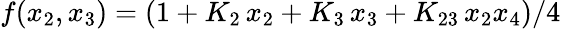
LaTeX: f(x_{2},x_{3})=(1+K_{2}\, x_{2}+K_{3}\, x_{3}+K_{23}\, x_{2}x_{4})/4